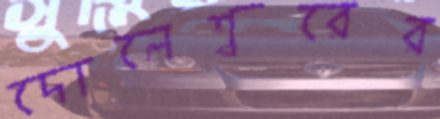
দোলেশ্বরের